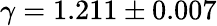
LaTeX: \gamma=1.211\pm 0.007